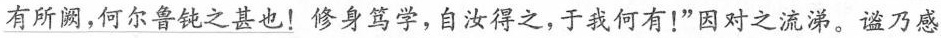
有所阙，何尔鲁钝之甚也！修身笃学，自汝得之，于我何有！”因对之流涕。谧乃感